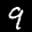
Label: 9